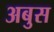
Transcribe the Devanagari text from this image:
अबुस